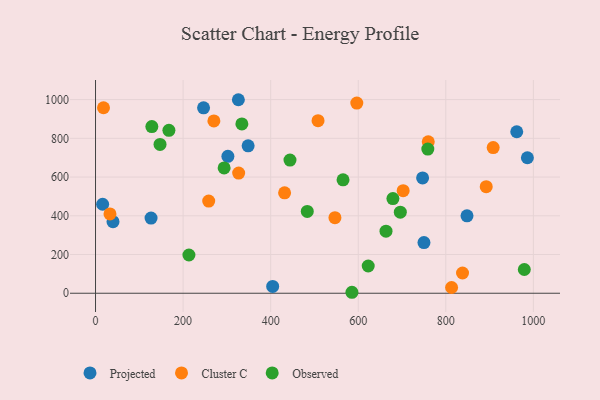
{"axis": {"x": "Engine Size", "y": "Sales"}, "legend": ["Cluster C", "Observed", "Projected"], "data": [{"x": "962.0", "y": 833.9, "type": "Projected"}, {"x": "126.8", "y": 388.4, "type": "Projected"}, {"x": "302.3", "y": 706.9, "type": "Projected"}, {"x": "16.2", "y": 459.6, "type": "Projected"}, {"x": "246.7", "y": 957.4, "type": "Projected"}, {"x": "986.3", "y": 699.8, "type": "Projected"}, {"x": "326.2", "y": 999.4, "type": "Projected"}, {"x": "39.9", "y": 369.5, "type": "Projected"}, {"x": "747.0", "y": 595.7, "type": "Projected"}, {"x": "404.6", "y": 35.3, "type": "Projected"}, {"x": "848.4", "y": 399.8, "type": "Projected"}, {"x": "750.1", "y": 261.9, "type": "Projected"}, {"x": "348.5", "y": 761.2, "type": "Projected"}, {"x": "596.7", "y": 982.3, "type": "Cluster C"}, {"x": "18.2", "y": 958.0, "type": "Cluster C"}, {"x": "326.9", "y": 620.6, "type": "Cluster C"}, {"x": "546.8", "y": 390.5, "type": "Cluster C"}, {"x": "431.8", "y": 518.4, "type": "Cluster C"}, {"x": "838.2", "y": 104.5, "type": "Cluster C"}, {"x": "508.2", "y": 891.0, "type": "Cluster C"}, {"x": "270.3", "y": 889.7, "type": "Cluster C"}, {"x": "813.2", "y": 29.7, "type": "Cluster C"}, {"x": "759.9", "y": 781.8, "type": "Cluster C"}, {"x": "892.3", "y": 550.5, "type": "Cluster C"}, {"x": "702.6", "y": 529.8, "type": "Cluster C"}, {"x": "258.5", "y": 475.8, "type": "Cluster C"}, {"x": "33.0", "y": 409.5, "type": "Cluster C"}, {"x": "908.2", "y": 752.1, "type": "Cluster C"}, {"x": "622.8", "y": 140.6, "type": "Observed"}, {"x": "663.4", "y": 320.8, "type": "Observed"}, {"x": "585.6", "y": 5.0, "type": "Observed"}, {"x": "167.6", "y": 841.6, "type": "Observed"}, {"x": "696.1", "y": 418.5, "type": "Observed"}, {"x": "128.6", "y": 860.6, "type": "Observed"}, {"x": "293.7", "y": 647.3, "type": "Observed"}, {"x": "979.3", "y": 122.5, "type": "Observed"}, {"x": "679.2", "y": 489.1, "type": "Observed"}, {"x": "483.6", "y": 422.7, "type": "Observed"}, {"x": "147.3", "y": 768.7, "type": "Observed"}, {"x": "334.2", "y": 874.4, "type": "Observed"}, {"x": "444.1", "y": 687.9, "type": "Observed"}, {"x": "213.3", "y": 197.6, "type": "Observed"}, {"x": "758.9", "y": 744.3, "type": "Observed"}, {"x": "565.3", "y": 585.7, "type": "Observed"}]}